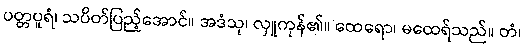
ပတ္တပူရံ၊ သပိတ်ပြည့်အောင်။ အဒံသု၊ လှူကုန်၏။ ထေရော၊ မထေရ်သည်။ တံ၊